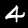
Digit: 4